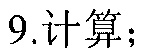
9.计算；